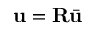
\mathbf { u } = \mathbf { R } \bar { \mathbf { u } }